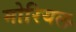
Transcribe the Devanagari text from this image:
मोरियल